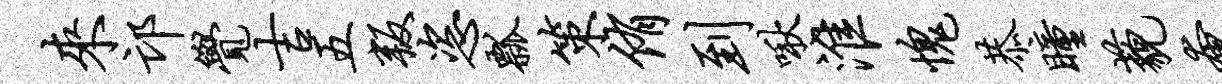
来邙觉吉五叛恣瓢策侑到啾淮愧恭瞳藐奄